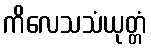
ကိလေသသံယုတ္တံ